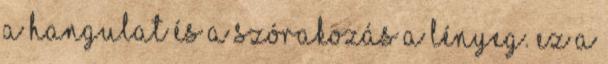
a hangulat és a szórakozás a lényeg. Ez a